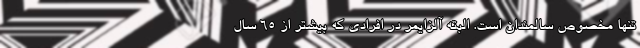
تنها مخصوص سالمندان است. البته آلزایمر در افرادی که بیشتر از ۶۵ سال